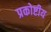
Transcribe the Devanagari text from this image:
प्रकोष्टीय